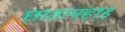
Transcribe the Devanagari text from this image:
छातापहाड